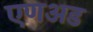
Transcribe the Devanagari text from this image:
एणअड